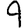
Digit: 9